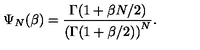
\Psi _ { N } ( \beta ) = { \frac { \Gamma ( 1 + \beta N / 2 ) } { \left( \Gamma ( 1 + \beta / 2 ) \right) ^ { N } } } .